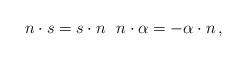
LaTeX: \begin{align*} n\cdot s = s\cdot n\ \ n\cdot \alpha = -\alpha \cdot n\,, \end{align*}